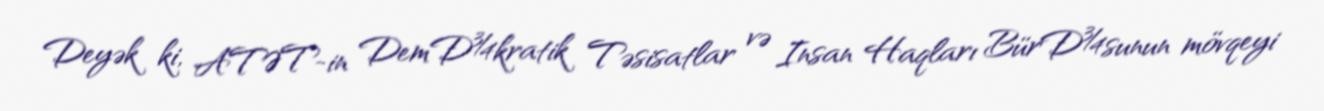
Deyək ki, ATƏT-in DemÐ¾kratik Təsisatlar və Insan Haqları BürÐ¾sunun mövqeyi